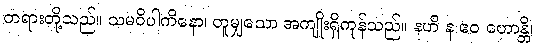
တရားတို့သည်။ သမဝိပါကိနော၊ တူမျှသော အကျိုးရှိကုန်သည်။ နဟိ န ဧဝ ဟောန္တိ၊